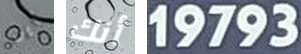
أين أنك 19793